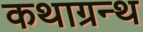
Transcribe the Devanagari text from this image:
कथाग्रन्थ